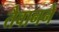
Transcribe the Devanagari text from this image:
तैवानने